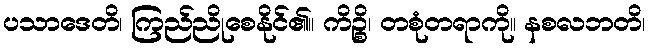
ပသာဒေတိ၊ ကြည်ညိုစေနိုင်၏။ ကိဉ္စိ၊ တစုံတရာကို။ နစလဘတိ၊